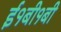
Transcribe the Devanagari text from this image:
ई१बी१बी